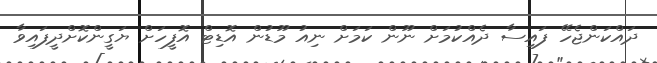
ދައްކަންޖެހޭ ފައިސާ ދެއްކުމަށް ނޫން ކަމަށް ނިއު މޫޑުން އޮޑިޓް އޮފީހަށް ޔަގީންކޮށްދީފައިވާ